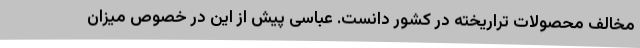
مخالف محصولات تراریخته در کشور دانست. عباسی پیش از این در خصوص میزان